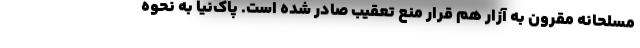
مسلحانه مقرون به آزار هم قرار منع تعقيب صادر شده است. پاك‌نيا به نحوه